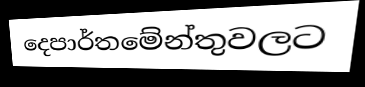
දෙපාර්තමේන්තුවලට